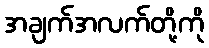
အချက်အလက်တို့ကို